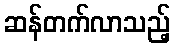
ဆန်တက်လာသည့်